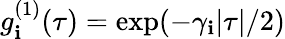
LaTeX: g_{\mathbf{i}}^{(1)}(\tau)=\exp(-\gamma_{\mathbf{i}}|\tau|/2)